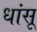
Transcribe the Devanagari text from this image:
धांसू